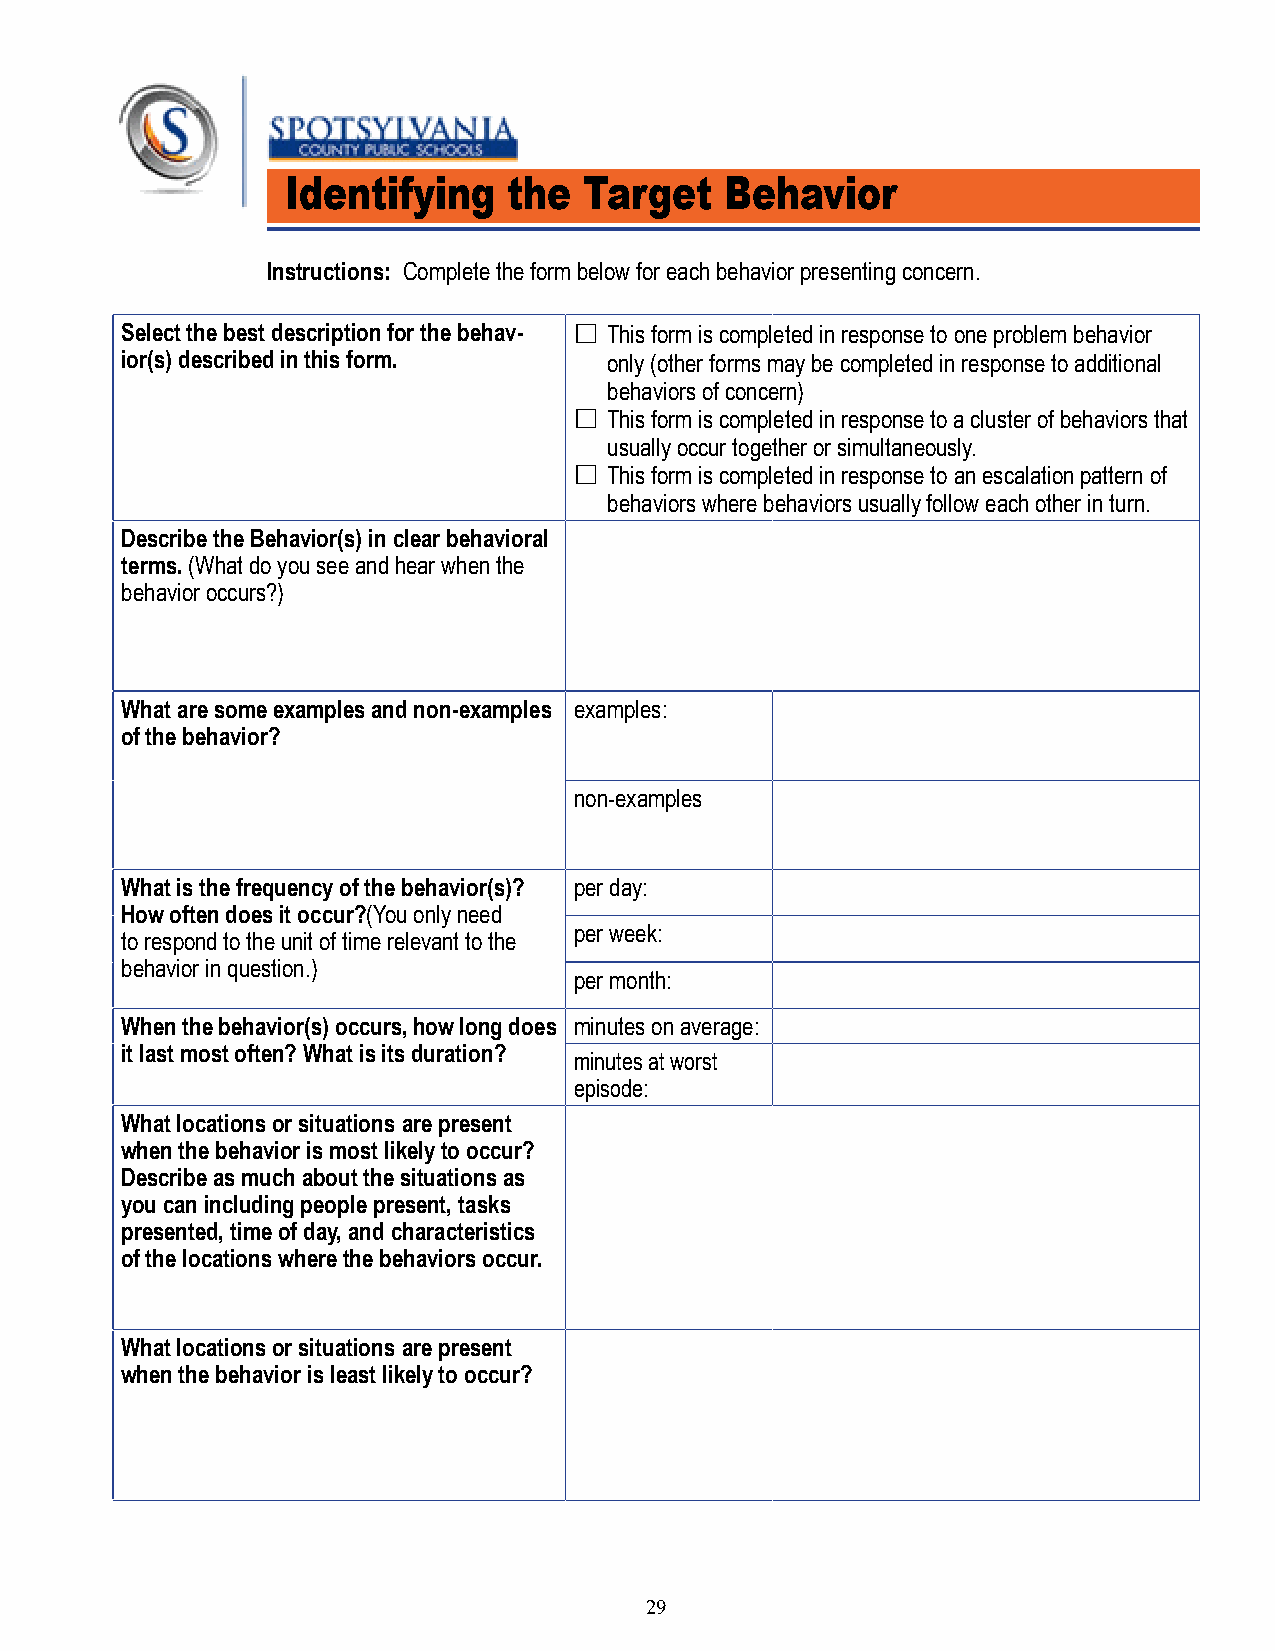
Identifying    the  Target   Behavior
 Instructions: Complete the form below for each behavior presenting concern.
 Select the best description for the behav- £ This form is completed in response to one problem behavior
 ior(s) described in this form.  only (other forms may be completed in response to additional
 behaviors of concern)
 £ This form is completed in response to a cluster of behaviors that
 usually occur together or simultaneously.
 £ This form is completed in response to an escalation pattern of
 behaviors where behaviors usually follow each other in turn.
 Describe the Behavior(s) in clear behavioral
 terms. (What do you see and hear when the
 behavior occurs?)
 What are some examples and non-examples examples:
 of the behavior?
 non-examples
 What is the frequency of the behavior(s)? per day:
 How often does it occur?(You only need
 per week:
 to respond to the unit of time relevant to the
 behavior in question.)
 per month:
 When the behavior(s) occurs, how long does minutes on average:
 it last most often? What is its duration?
 minutes at worst
 episode:
 What locations or situations are present
 when the behavior is most likely to occur?
 Describe as much about the situations as
 you can including people present, tasks
 presented, time of day, and characteristics
 of the locations where the behaviors occur.
 What locations or situations are present
 when the behavior is least likely to occur?
 29